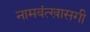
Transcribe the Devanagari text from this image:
नामवंत्खासगी